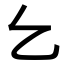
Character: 𠃉